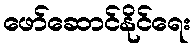
ဖော်ဆောင်နိုင်ရေး